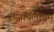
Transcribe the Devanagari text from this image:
राजापलायम